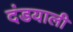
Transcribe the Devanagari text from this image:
दंडयाली